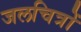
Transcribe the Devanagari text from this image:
जलचित्रों